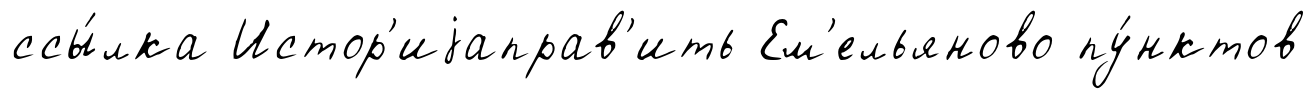
ссы́лка Истор'иjаправ'ить Ем'ельяново пу́нктов